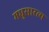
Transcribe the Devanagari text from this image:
मधुसारत्य